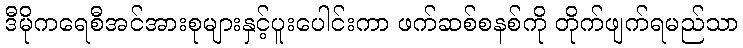
ဒီမိုကရေစီအင်အားစုများနှင့်ပူးပေါင်းကာ ဖက်ဆစ်စနစ်ကို တိုက်ဖျက်ရမည်သာ